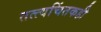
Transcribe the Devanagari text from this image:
तत्त्वचिंतकही